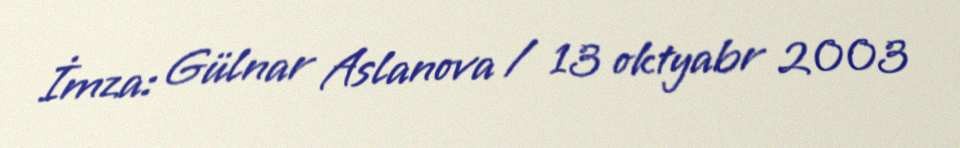
İmza: Gülnar Aslanova / 13 oktyabr 2003